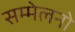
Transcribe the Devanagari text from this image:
सम्मेलनो